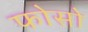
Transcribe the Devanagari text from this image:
फोसो